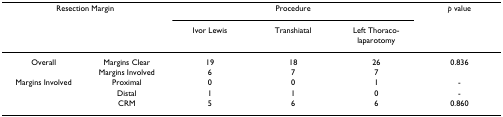
<table><thead><tr><td colspan="2"><b>Resection Margin</b></td><td colspan="3"><b>Procedure</b></td><td><b><i>p </i>value</b></td></tr><tr><td></td><td></td><td><b>Ivor Lewis</b></td><td><b>Transhiatal</b></td><td><b>Left Thoraco-laparotomy</b></td><td></td></tr></thead><tbody><tr><td>Overall</td><td>Margins Clear</td><td>19</td><td>18</td><td>26</td><td>0.836</td></tr><tr><td></td><td>Margins Involved</td><td>6</td><td>7</td><td>7</td><td></td></tr><tr><td>Margins Involved</td><td>Proximal</td><td>0</td><td>0</td><td>1</td><td>-</td></tr><tr><td></td><td>Distal</td><td>1</td><td>1</td><td>0</td><td>-</td></tr><tr><td></td><td>CRM</td><td>5</td><td>6</td><td>6</td><td>0.860</td></tr></tbody></table>